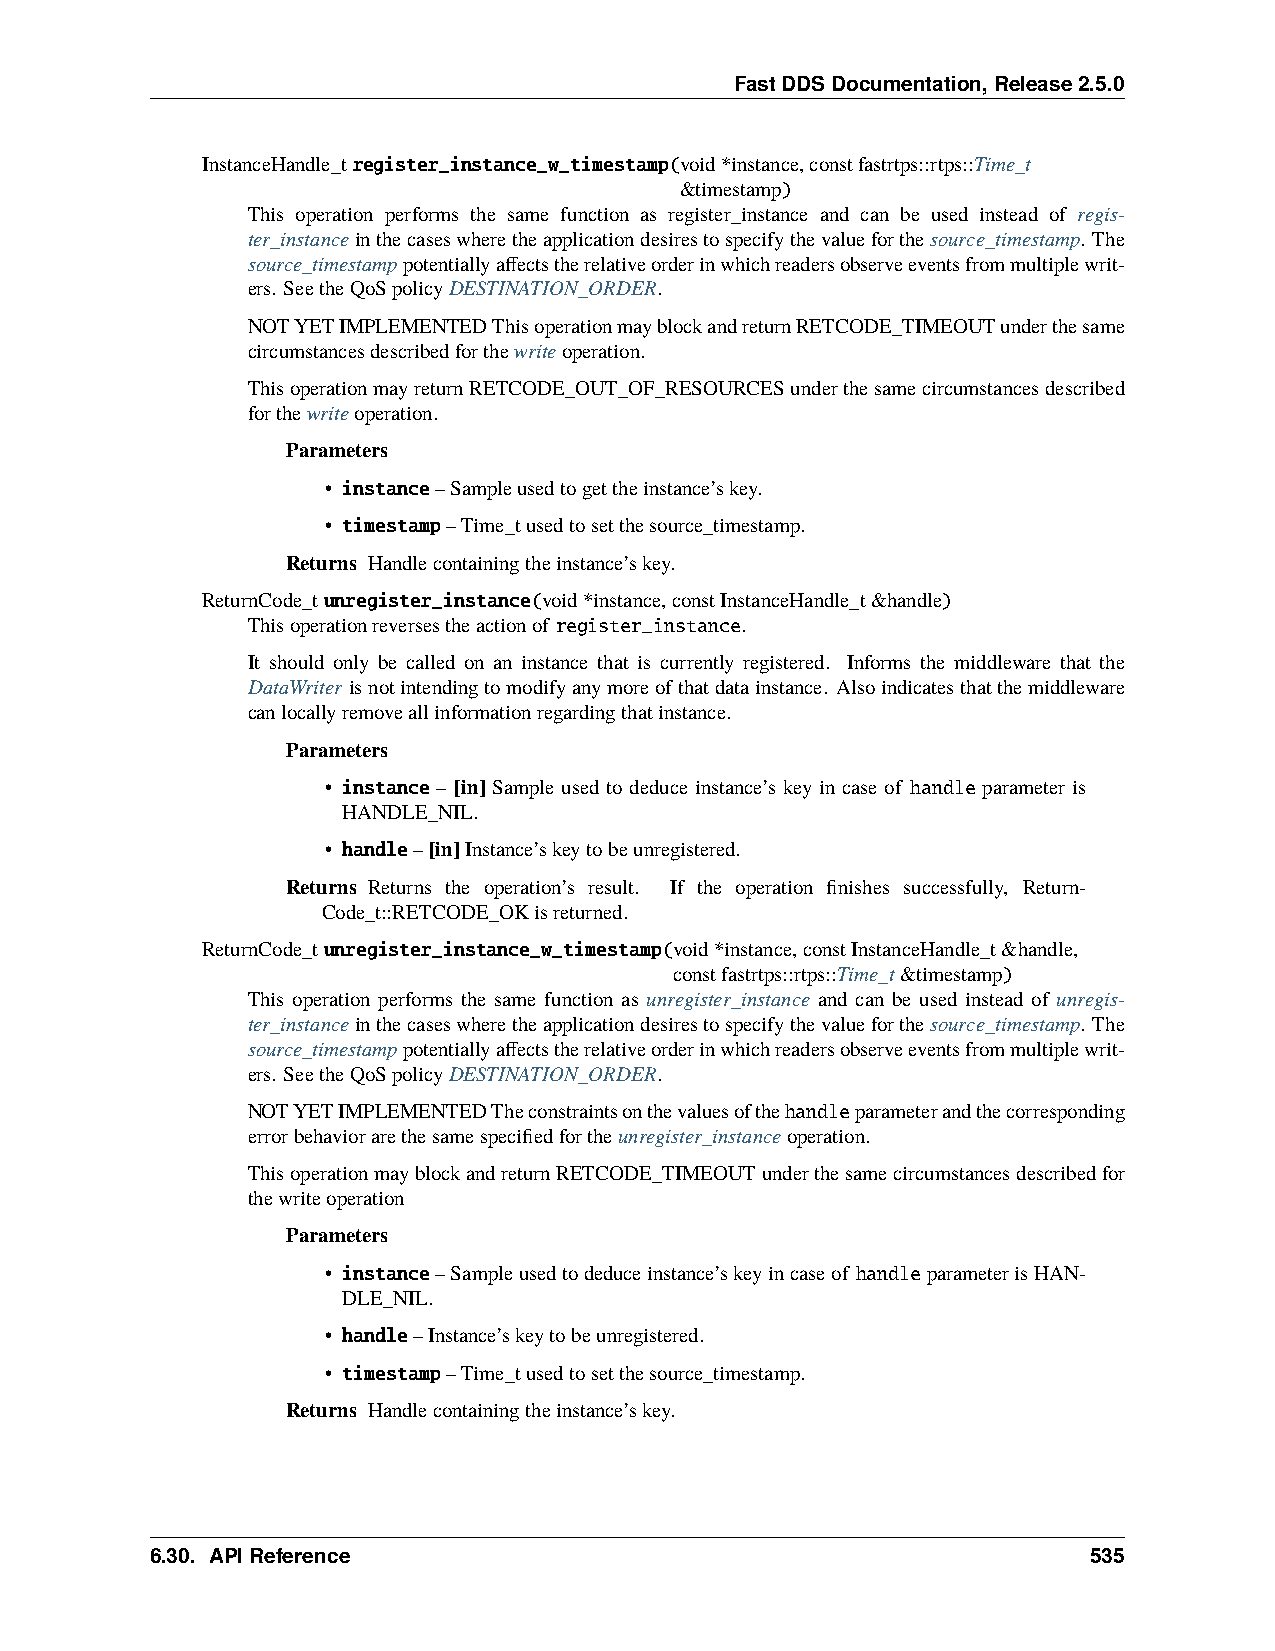
FastDDSDocumentation,Release2.5.0
 InstanceHandle_tregister_instance_w_timestamp(void*instance,constfastrtps::rtps::Time_t
 &timestamp)
 This operation performs the same function as register_instance and can be used instead of regis-
 ter_instanceinthecaseswheretheapplicationdesirestospecifythevalueforthesource_timestamp. The
 source_timestamppotentiallyaffectstherelativeorderinwhichreadersobserveeventsfrommultiplewrit-
 ers. SeetheQoSpolicyDESTINATION_ORDER.
 NOTYETIMPLEMENTEDThisoperationmayblockandreturnRETCODE_TIMEOUTunderthesame
 circumstancesdescribedforthewriteoperation.
 ThisoperationmayreturnRETCODE_OUT_OF_RESOURCESunderthesamecircumstancesdescribed
 forthewriteoperation.
 Parameters
 • instance–Sampleusedtogettheinstance’skey.
 • timestamp–Time_tusedtosetthesource_timestamp.
 Returns Handlecontainingtheinstance’skey.
 ReturnCode_tunregister_instance(void*instance,constInstanceHandle_t&handle)
 Thisoperationreversestheactionof register_instance.
 It should only be called on an instance that is currently registered. Informs the middleware that the
 DataWriter isnotintendingtomodifyanymoreofthatdatainstance. Alsoindicatesthatthemiddleware
 canlocallyremoveallinformationregardingthatinstance.
 Parameters
 • instance – [in] Sample used to deduce instance’s key in case of handle parameter is
 HANDLE_NIL.
 • handle–[in]Instance’skeytobeunregistered.
 Returns Returns the operation’s result. If the operation finishes successfully, Return-
 Code_t::RETCODE_OKisreturned.
 ReturnCode_tunregister_instance_w_timestamp(void*instance,constInstanceHandle_t&handle,
 constfastrtps::rtps::Time_t&timestamp)
 This operation performs the same function as unregister_instance and can be used instead of unregis-
 ter_instanceinthecaseswheretheapplicationdesirestospecifythevalueforthesource_timestamp. The
 source_timestamppotentiallyaffectstherelativeorderinwhichreadersobserveeventsfrommultiplewrit-
 ers. SeetheQoSpolicyDESTINATION_ORDER.
 NOTYETIMPLEMENTEDTheconstraintsonthevaluesofthehandleparameterandthecorresponding
 errorbehaviorarethesamespecifiedfortheunregister_instanceoperation.
 ThisoperationmayblockandreturnRETCODE_TIMEOUTunderthesamecircumstancesdescribedfor
 thewriteoperation
 Parameters
 • instance–Sampleusedtodeduceinstance’skeyincaseof handleparameterisHAN-
 DLE_NIL.
 • handle–Instance’skeytobeunregistered.
 • timestamp–Time_tusedtosetthesource_timestamp.
 Returns Handlecontainingtheinstance’skey.
 6.30. APIReference                                            535